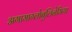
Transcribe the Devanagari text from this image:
अगामाग्लोबुलिनेमिया